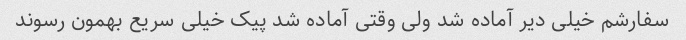
سفارشم خیلی دیر آماده شد ولی وقتی آماده شد پیک خیلی سریع بهمون رسوند